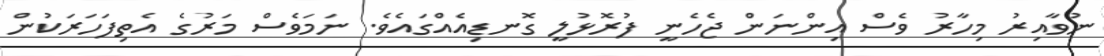
ނުވާއިރު މިހާރު ވެސް އިންނަން ޖެހެނީ ފުރޮޅުލީ ގޮނޑިއެއްގައެވެ. ނަމަވެސް މަރުގެ އެތިފަހަރަކުން